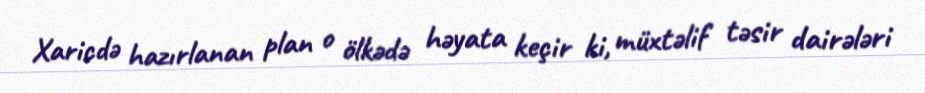
Xaricdə hazırlanan plan o ölkədə həyata keçir ki, müxtəlif təsir dairələri